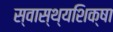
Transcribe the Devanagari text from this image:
स्वास्थ्यशिक्षा